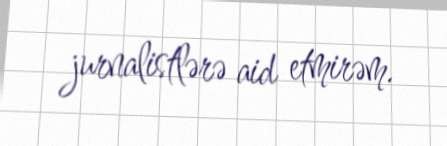
jurnalistlərə aid etmirəm.